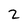
Character: 2